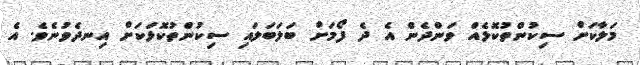
މަލާކަށް ސިކުންތުކޮޅެއް ވަންދެން އެ ދެ ފޯމަށް ބަލަބަލައި ސިކުންތުކޮޅަކަށް އިނދެވުނެވެ. އެ